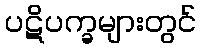
ပဋိပက္ခများတွင်